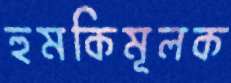
হুমকিমূলক